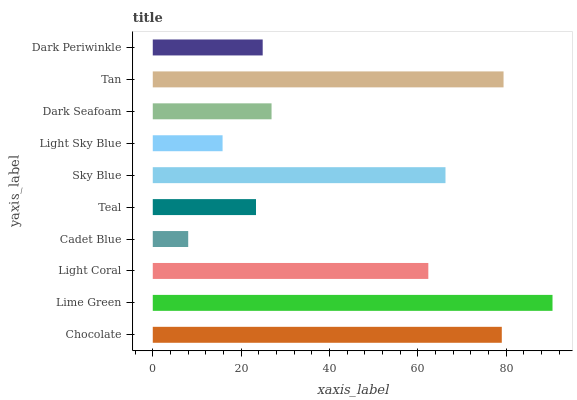
| yaxis_label | bars |
 | --- | --- |
 | Chocolate | 79 |
 | Lime Green | 90.5 |
 | Light Coral | 62.4 |
 | Cadet Blue | 8.02 |
 | Teal | 23.4 |
 | Sky Blue | 66.3 |
 | Light Sky Blue | 15.8 |
 | Dark Seafoam | 26.9 |
 | Tan | 79.4 |
 | Dark Periwinkle | 24.9 |